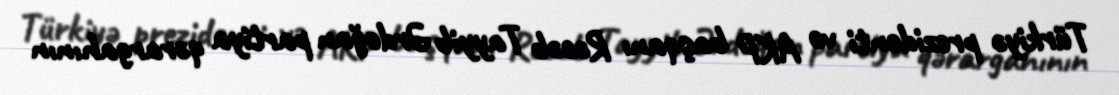
Türkiyə prezidenti və AKP başqanı Rəcəb Tayyib Ərdoğan partiya qərargahının